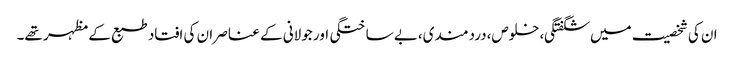
ان کی شخصیت میں شگفتگی،خلوص،دردمندی،بے ساختگی اور جولانی کے عناصر ان کی افتاد طبع کے مظہر تھے۔